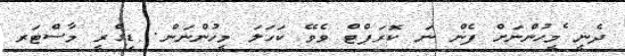
ދެނީ ެމީހުންނަށް ފެން ނަ ކޮރަޕްޓް ވެވޭ ކަހަލަ މީހުންނަން. ޑިގްރީ މާސްޓަރ